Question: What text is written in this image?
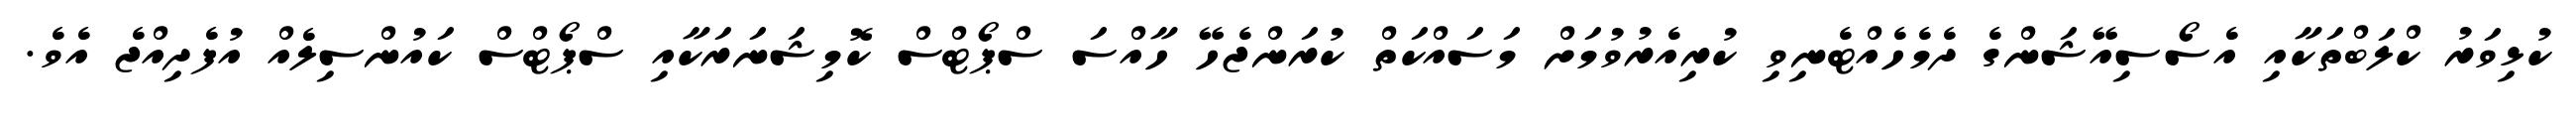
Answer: ކުޅިވަރު ކްލަބްތަކާއި އެސޯސިއޭޝަންގެ ދެމެހެއްޓެނިވި ކުރިއެރުވުމަށް މަސައްކަތް ކުރަންޖެހޭ ހާއްސަ ސްޕޯޓްސް ކޮމިޝަނަރަކާއި ސްޕޯޓްސް ކައުންސިލެއް އުފެދިއްޖެ އެވެ.